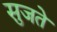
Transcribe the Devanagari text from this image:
सुजते